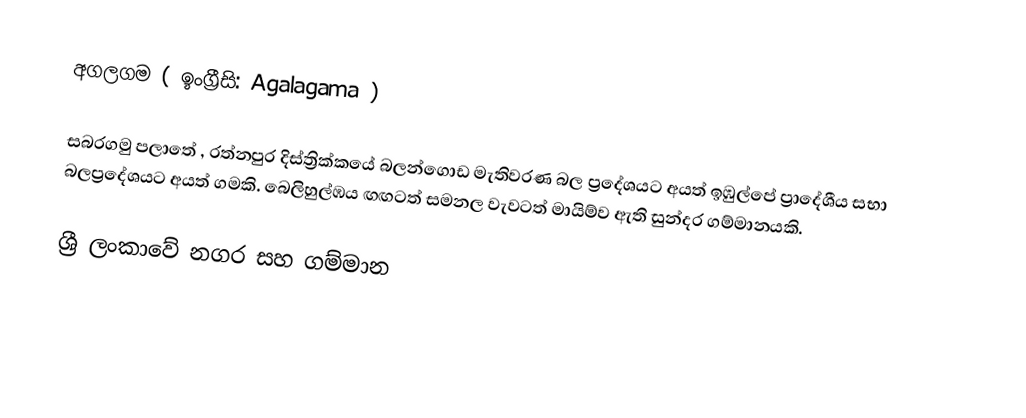
අගලගම ( ඉංග්‍රීසි: Agalagama )

සබරගමු පලාතේ , රත්නපුර දිස්ත්‍රික්කයේ බලන්ගොඩ මැතිවරණ බල ප්‍රදේශයට අයත් ඉඹුල්පේ ප්‍රාදේශීය සභා බලප්‍රදේශයට අයත් ගමකි. බෙලිහුල්ඹය ඟඟටත් සමනල වැවටත් මායිම්ව ඇති සුන්දර ගම්මානයකි.

ශ්‍රී ලංකාවේ නගර සහ ගම්මාන